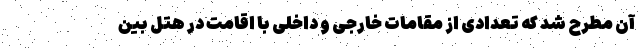
آن مطرح شد که تعدادی از مقامات خارجی و داخلی با اقامت در هتل بین‌